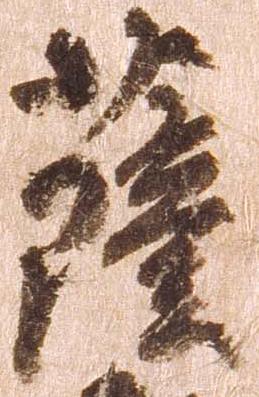
薩